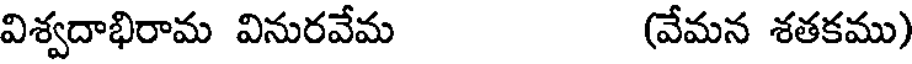
విశ్వదాభిరామ వినురవేమ (వేమన శతకము)